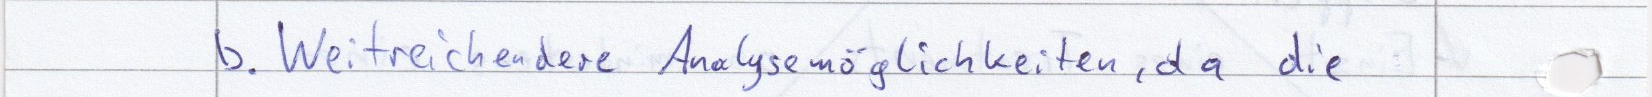
b. Weitreichendere Analysemöglichkeiten, da die